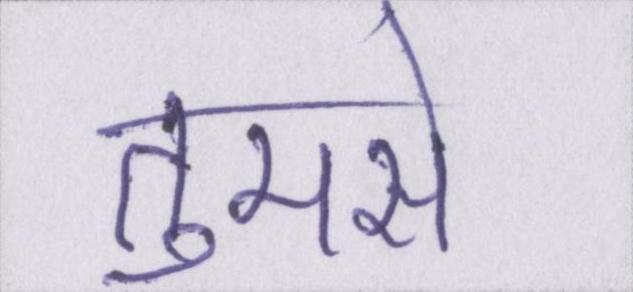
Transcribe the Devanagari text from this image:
तुमसे